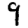
Digit: 9